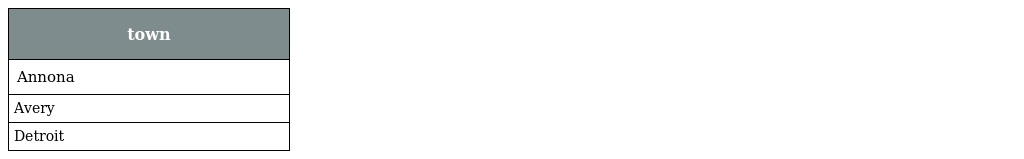
| town |
 | --- |
 | Annona |
 | Avery |
 | Detroit |